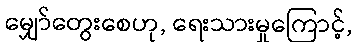
မျှော်တွေးစေဟု, ရေးသားမှုကြောင့်,